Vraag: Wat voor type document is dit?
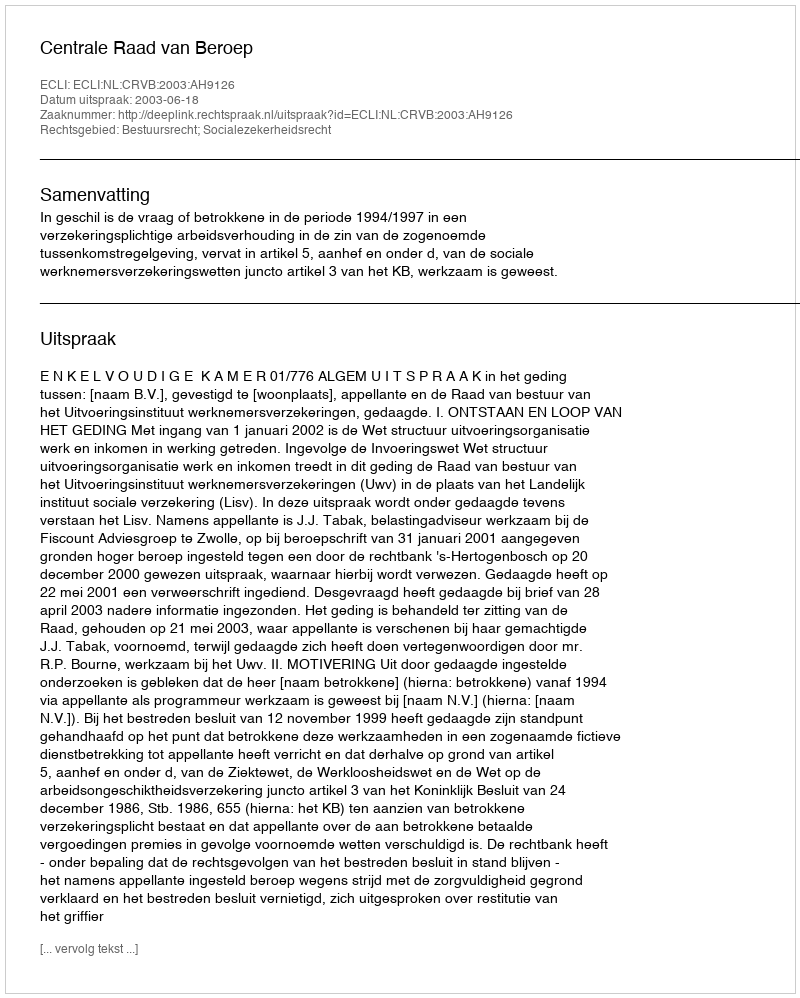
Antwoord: Uitspraak